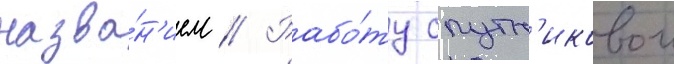
назва́н'ием // Рабо́ту спутн'иковои